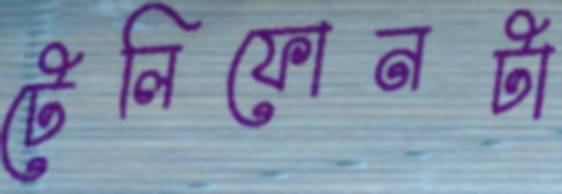
টেলিফোনটা